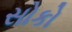
સોકો